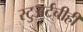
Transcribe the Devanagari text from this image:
स्टुअर्टचीही